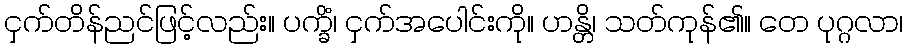
ငှက်တိန်ညင်ဖြင့်လည်း။ ပက္ခိံ၊ ငှက်အပေါင်းကို။ ဟန္တိ၊ သတ်ကုန်၏။ တေ ပုဂ္ဂလာ၊